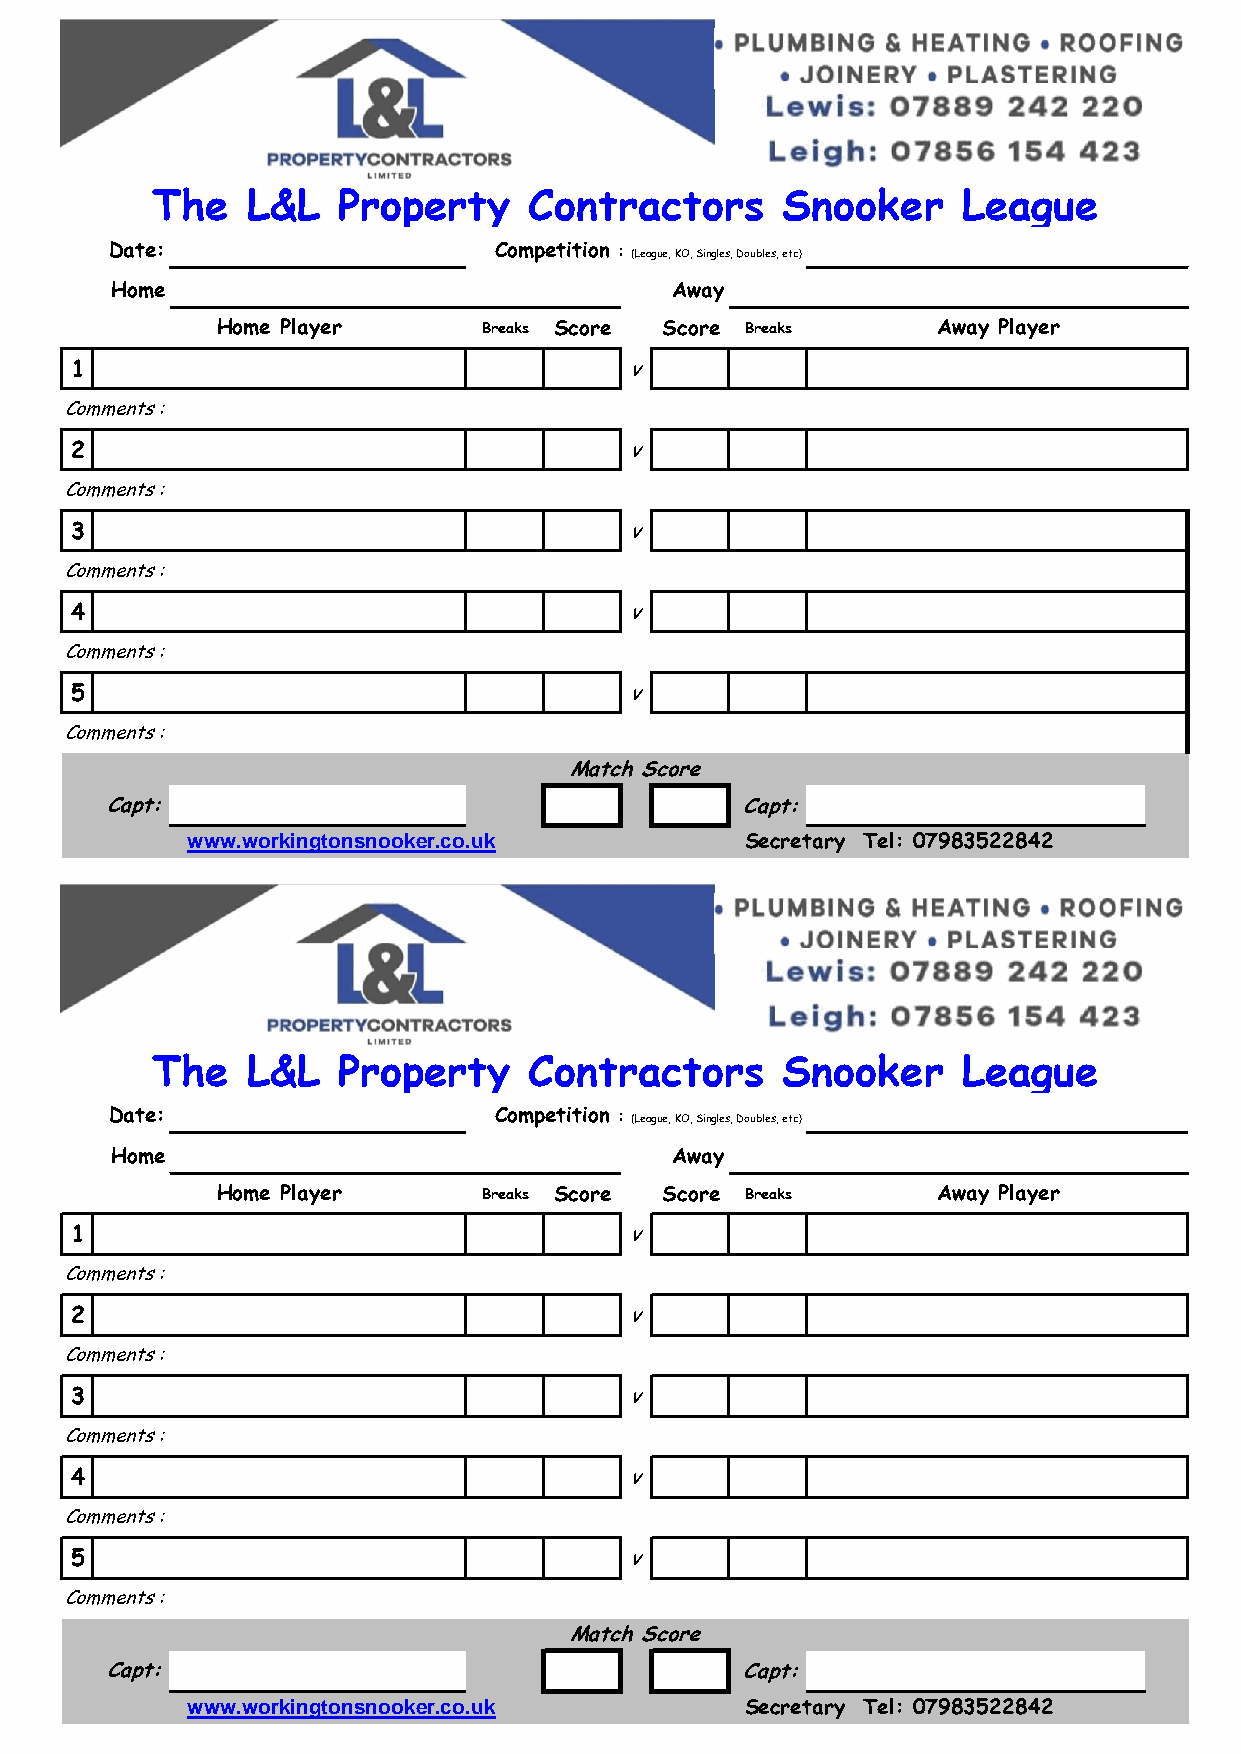
The   L&L   Property     Contractors      Snooker     League
 Date:                     Competition : (League, KO, Singles, Doubles, etc)
 Home                                 Away
 Home Player       Breaks Score Score Breaks     Away Player
 1                                    v
 Comments :
 2                                    v
 Comments :
 3                                    v
 Comments :
 4                                    v
 Comments :
 5                                    v
 Comments :
 Match Score
 Capt:                                     Capt:
 www.workingtonsnooker.co.uk          Secretary Tel: 07983522842
 The   L&L   Property     Contractors      Snooker     League
 Date:                     Competition : (League, KO, Singles, Doubles, etc)
 Home                                 Away
 Home Player       Breaks Score Score Breaks     Away Player
 1                                    v
 Comments :
 2                                    v
 Comments :
 3                                    v
 Comments :
 4                                    v
 Comments :
 5                                    v
 Comments :
 Match Score
 Capt:                                     Capt:
 www.workingtonsnooker.co.uk          Secretary Tel: 07983522842